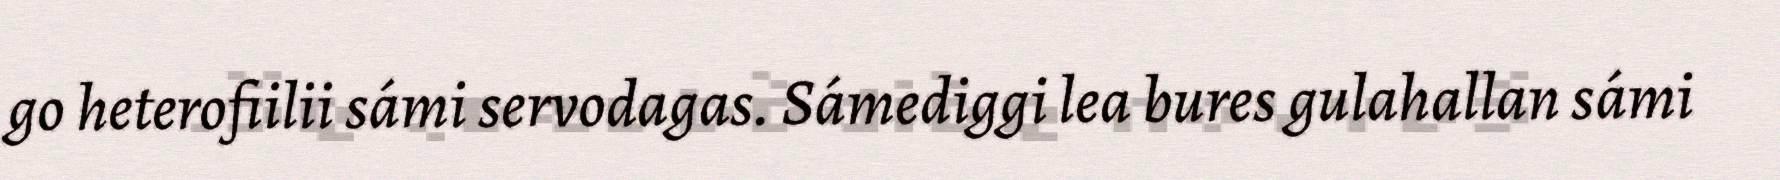
go heterofiilii sámi servodagas. Sámediggi lea bures gulahallan sámi